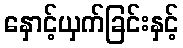
နှောင့်ယှက်ခြင်းနှင့်